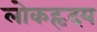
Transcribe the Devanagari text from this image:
लोकहृदय